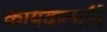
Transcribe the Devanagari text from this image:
कार्यकर्त्यांने